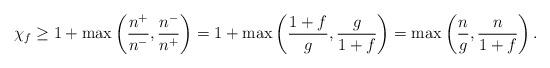
LaTeX: \begin{align*}\chi_f \ge 1 + \max\left(\frac{n^+}{n^-} , \frac{n^-}{n^+}\right) = 1 + \max\left(\frac{1+f}{g} , \frac{g}{1+f}\right) = \max\left(\frac{n}{g} , \frac{n}{1+f}\right).\end{align*}